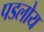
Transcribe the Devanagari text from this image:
पडलोय